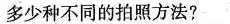
多少种不同的拍照方法?